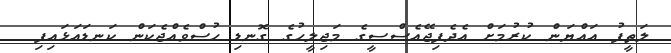
ލަތީފު އައްޔަން ކުރުމަށް އެދެފިޖޭއެސްސީގެ މަޖިލީހުގެ ގޮނޑި ހުސްވެއްޖެކަން ކަނޑައަޅައިފި